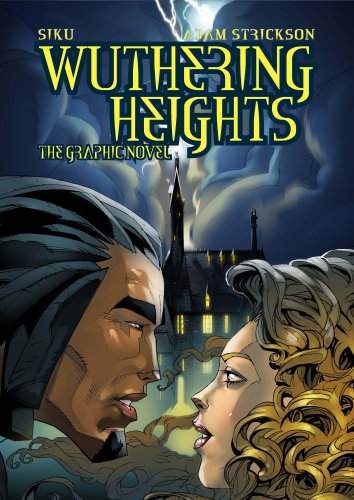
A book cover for "Wuthering Heights": The Graphic Novel; Adam Strickson; Comics & Graphic Novels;